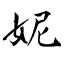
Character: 妮